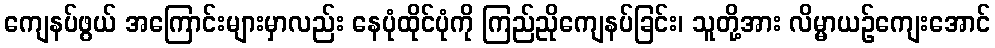
ကျေနပ်ဖွယ် အကြောင်းများမှာလည်း နေပုံထိုင်ပုံကို ကြည်ညိုကျေနပ်ခြင်း၊ သူတို့အား လိမ္မာယဉ်ကျေးအောင်